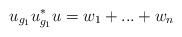
LaTeX: \begin{align*}u_{g_1}u^*_{g_1}u = w_1 + ... + w_n\end{align*}